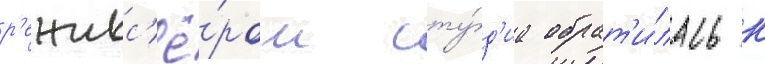
р'ежисс'ё́ром сту́д'иа обрат'и́лась к